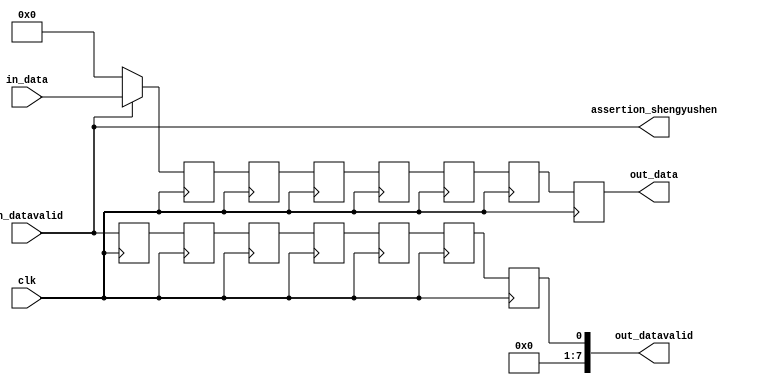
module muxencoder (clk,in_data,in_datavalid,out_data,out_datavalid,assertion_shengyushen);
input clk;
input [7:0] in_data;
input  in_datavalid;
output [7:0] out_data;
output [7:0] out_datavalid;
output	assertion_shengyushen;


reg [7:0] reg_data1;
reg reg_datavalid1;
reg [7:0] reg_data2;
reg reg_datavalid2;
reg [7:0] reg_data3;
reg reg_datavalid3;
reg [7:0] reg_data4;
reg reg_datavalid4;
reg [7:0] reg_data5;
reg reg_datavalid5;
reg [7:0] reg_data6;
reg reg_datavalid6;
reg [7:0] reg_data7;
reg reg_datavalid7;

always @(posedge clk) begin
	reg_data1 <= in_datavalid?in_data:8'b0;
	reg_datavalid1 <= in_datavalid;
	reg_data2 <= reg_data1;
	reg_datavalid2 <= reg_datavalid1;
	reg_data3 <= reg_data2;
	reg_datavalid3 <= reg_datavalid2;
	reg_data4 <= reg_data3;
	reg_datavalid4 <= reg_datavalid3;
	reg_data5 <= reg_data4;
	reg_datavalid5 <= reg_datavalid4;
	reg_data6 <= reg_data5;
	reg_datavalid6 <= reg_datavalid5;
	reg_data7 <= reg_data6;
	reg_datavalid7 <= reg_datavalid6;
end

assign out_data=reg_data7;
assign out_datavalid=reg_datavalid7;

assign assertion_shengyushen=(in_datavalid==1'b1);
endmodule